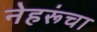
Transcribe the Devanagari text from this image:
नेहरूंचा